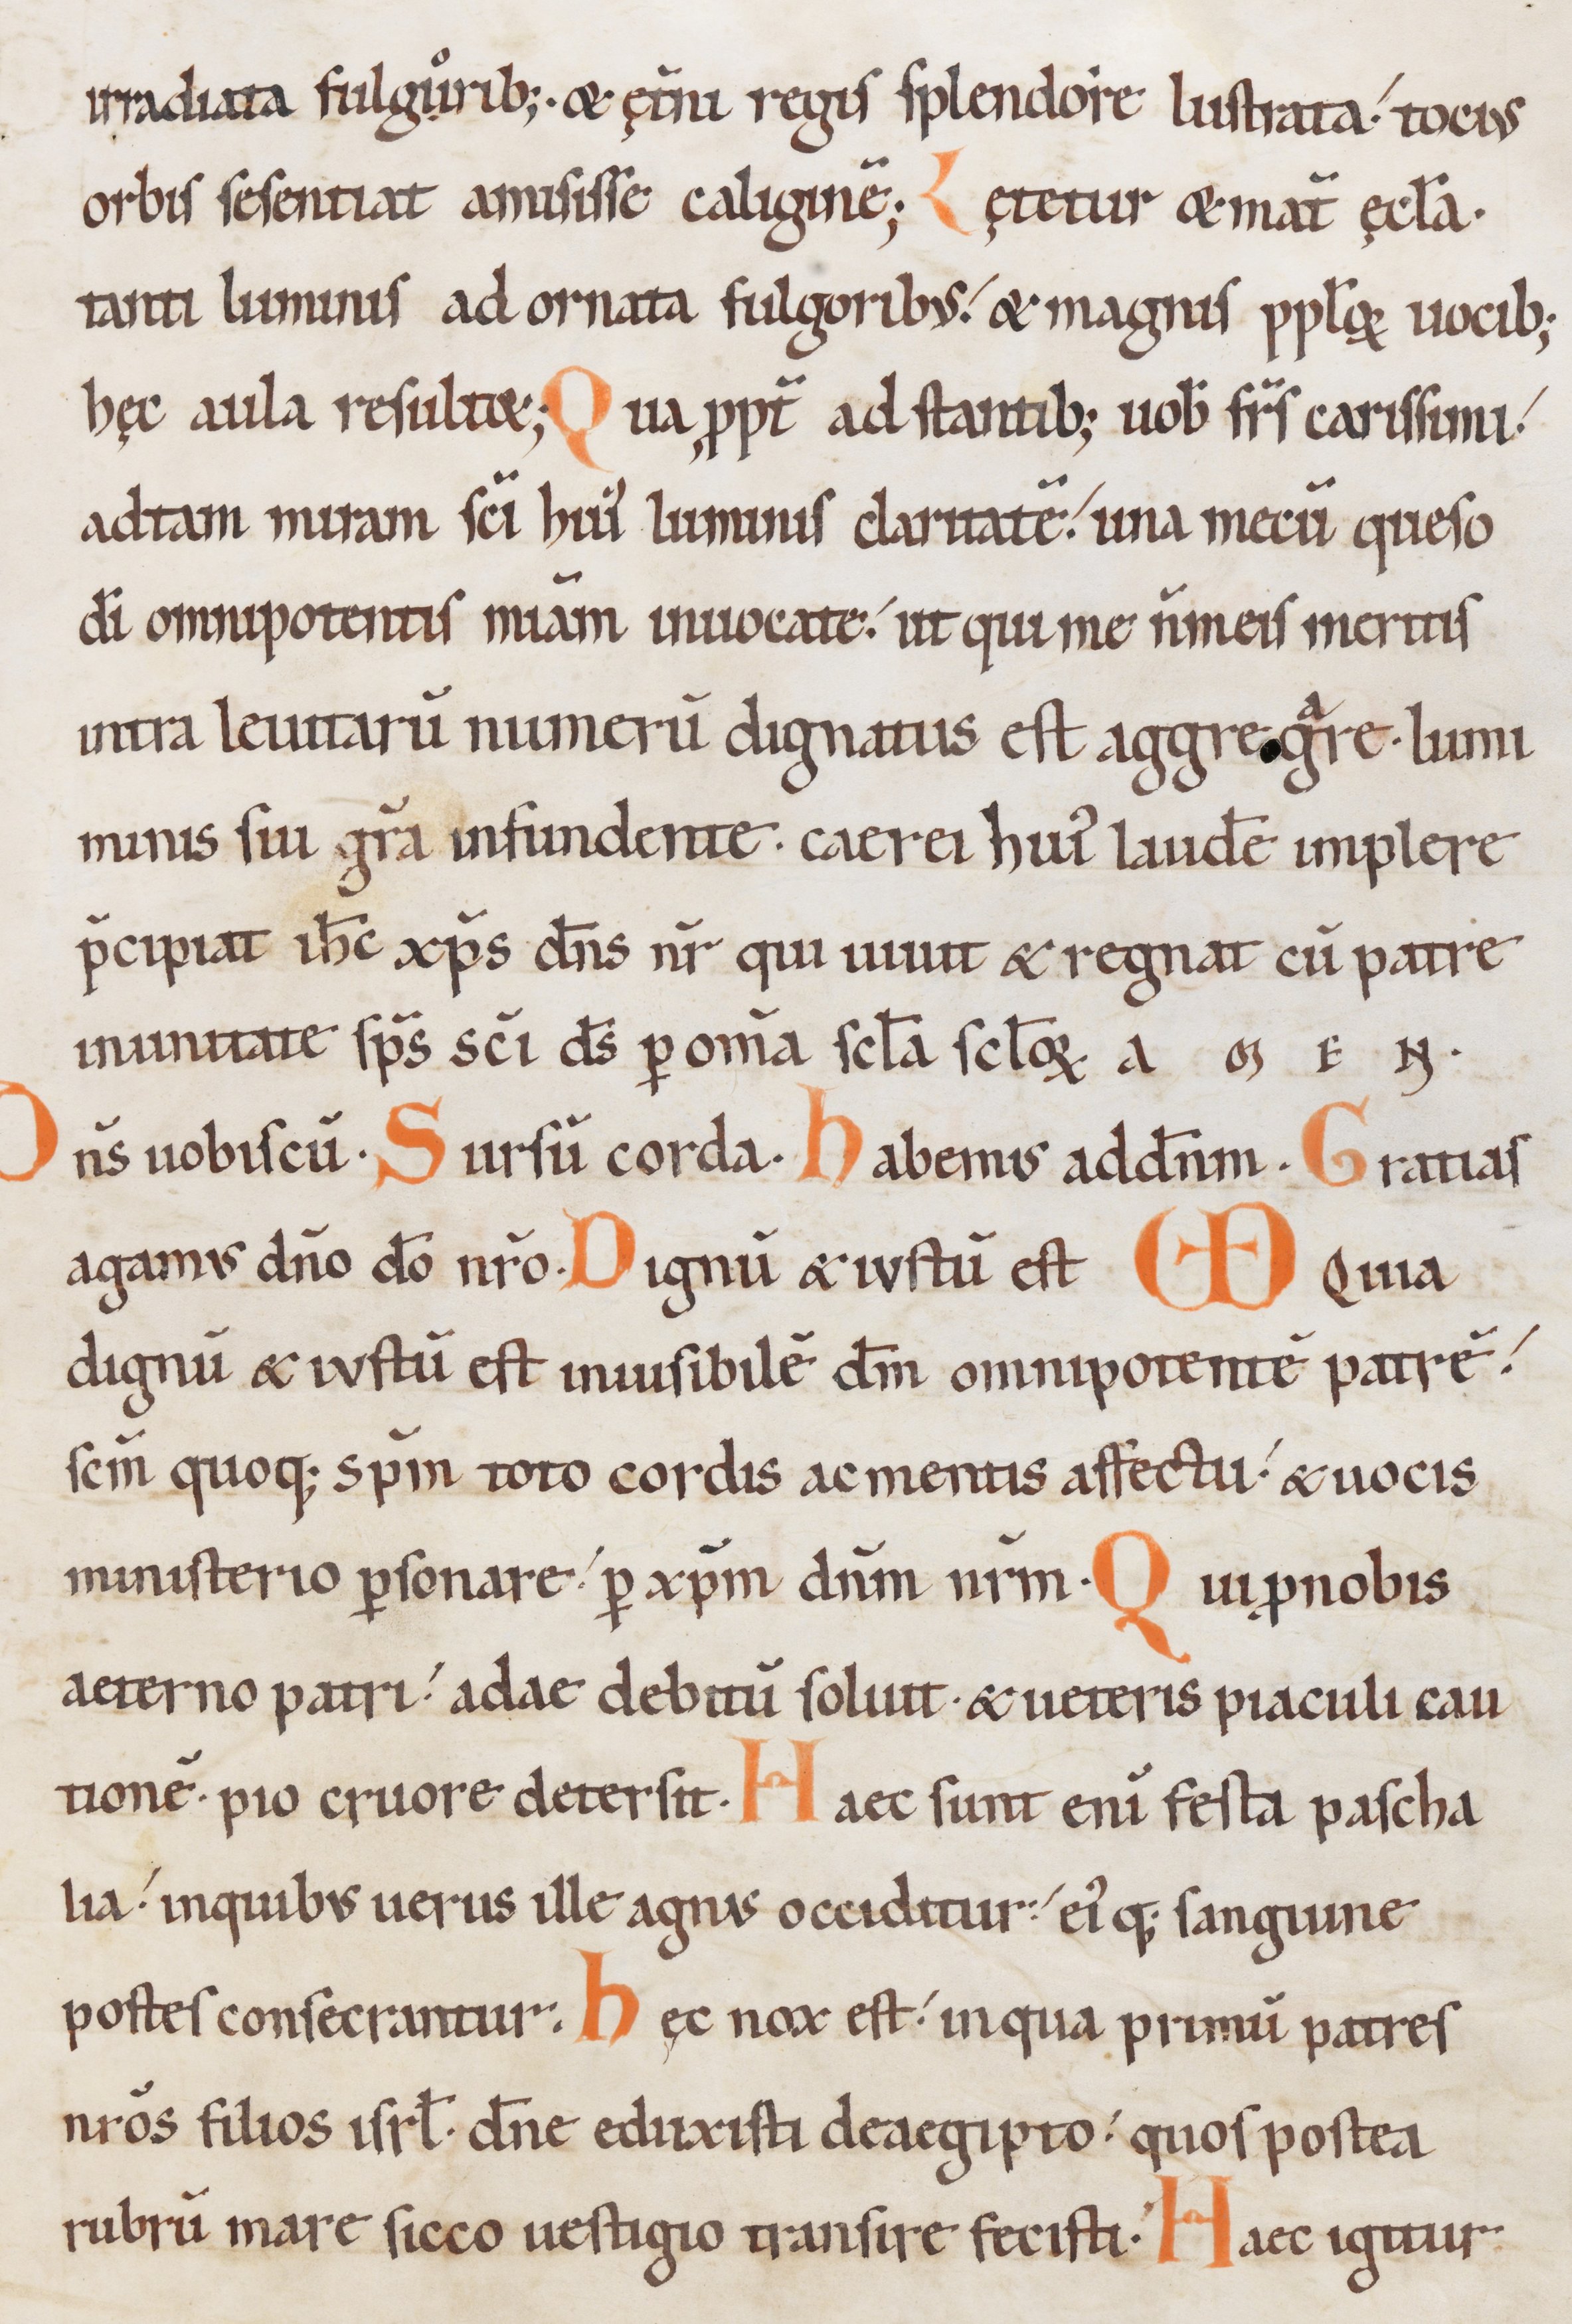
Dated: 1100–1199